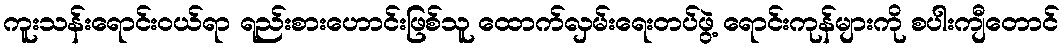
ကူးသန်းရောင်းဝယ်ရာ ရည်းစားဟောင်းဖြစ်သူ ထောက်လှမ်းရေးတပ်ဖွဲ့ ရောင်းကုန်များကို စပါးကျီတောင်